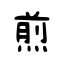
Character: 煎